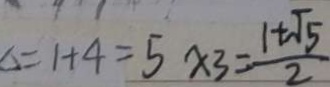
\Delta = 1 + 4 = 5 x 3 = \frac { 1 + \sqrt { 5 } } { 2 }